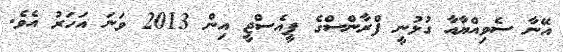
އޭނާ ސެވިއްޔާއާ ގުޅުނީ ފްރާންސްގެ ޕީއެސްޖީ އިން 2013 ވަނަ އަހަރު އެވެ.